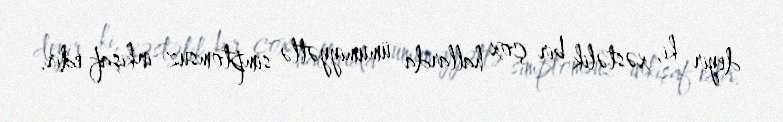
deyir ki, xəstəlik bir çox hallarda ümumiyyətlə simptomsuz inkişaf edir.